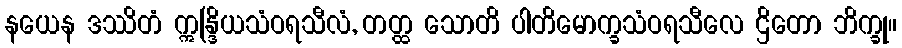
နယေန ဒဿိတံ ဣန္ဒြိယသံဝရသီလံ, တတ္ထ သောတိ ပါတိမောက္ခသံဝရသီလေ ဌိတော ဘိက္ခု။